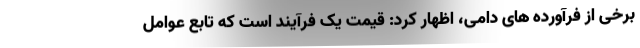
برخی از فرآورده های دامی، اظهار کرد: قیمت یک فرآیند است که تابع عوامل